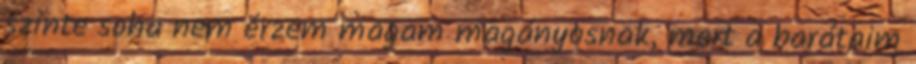
szinte soha nem érzem magam magányosnak, mert a barátaim